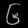
Digit: ၆